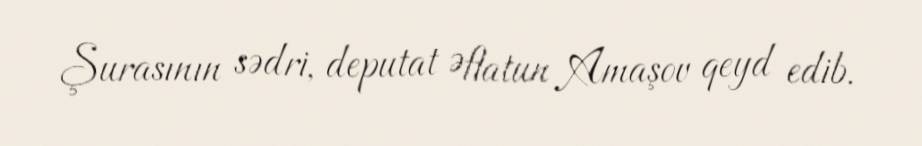
Şurasının sədri, deputat Əflatun Amaşov qeyd edib.